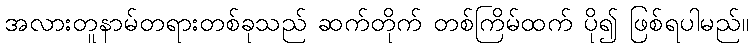
အလားတူနာမ်တရားတစ်ခုသည် ဆက်တိုက် တစ်ကြိမ်ထက် ပို၍ ဖြစ်ရပါမည်။